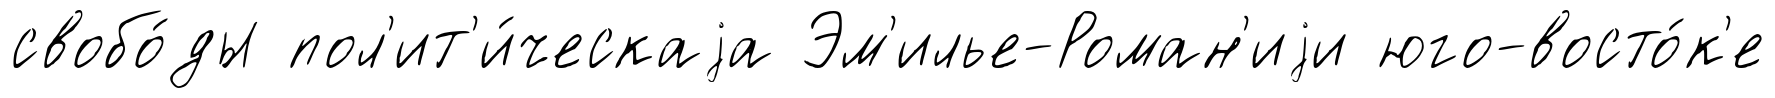
свобо́ды пол'ит'и́ческаjа Эм'илье-Роман'иjи юго-восто́к'е